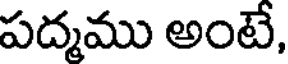
పద్మము అంటే,